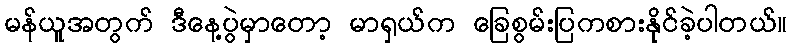
မန်ယူအတွက် ဒီနေ့ပွဲမှာတော့ မာရှယ်က ခြေစွမ်းပြကစားနိုင်ခဲ့ပါတယ်။